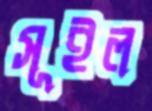
সূইল